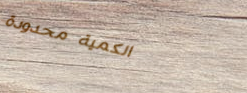
الكمية محدودة